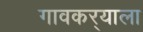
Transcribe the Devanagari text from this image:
गावकर्‍याला